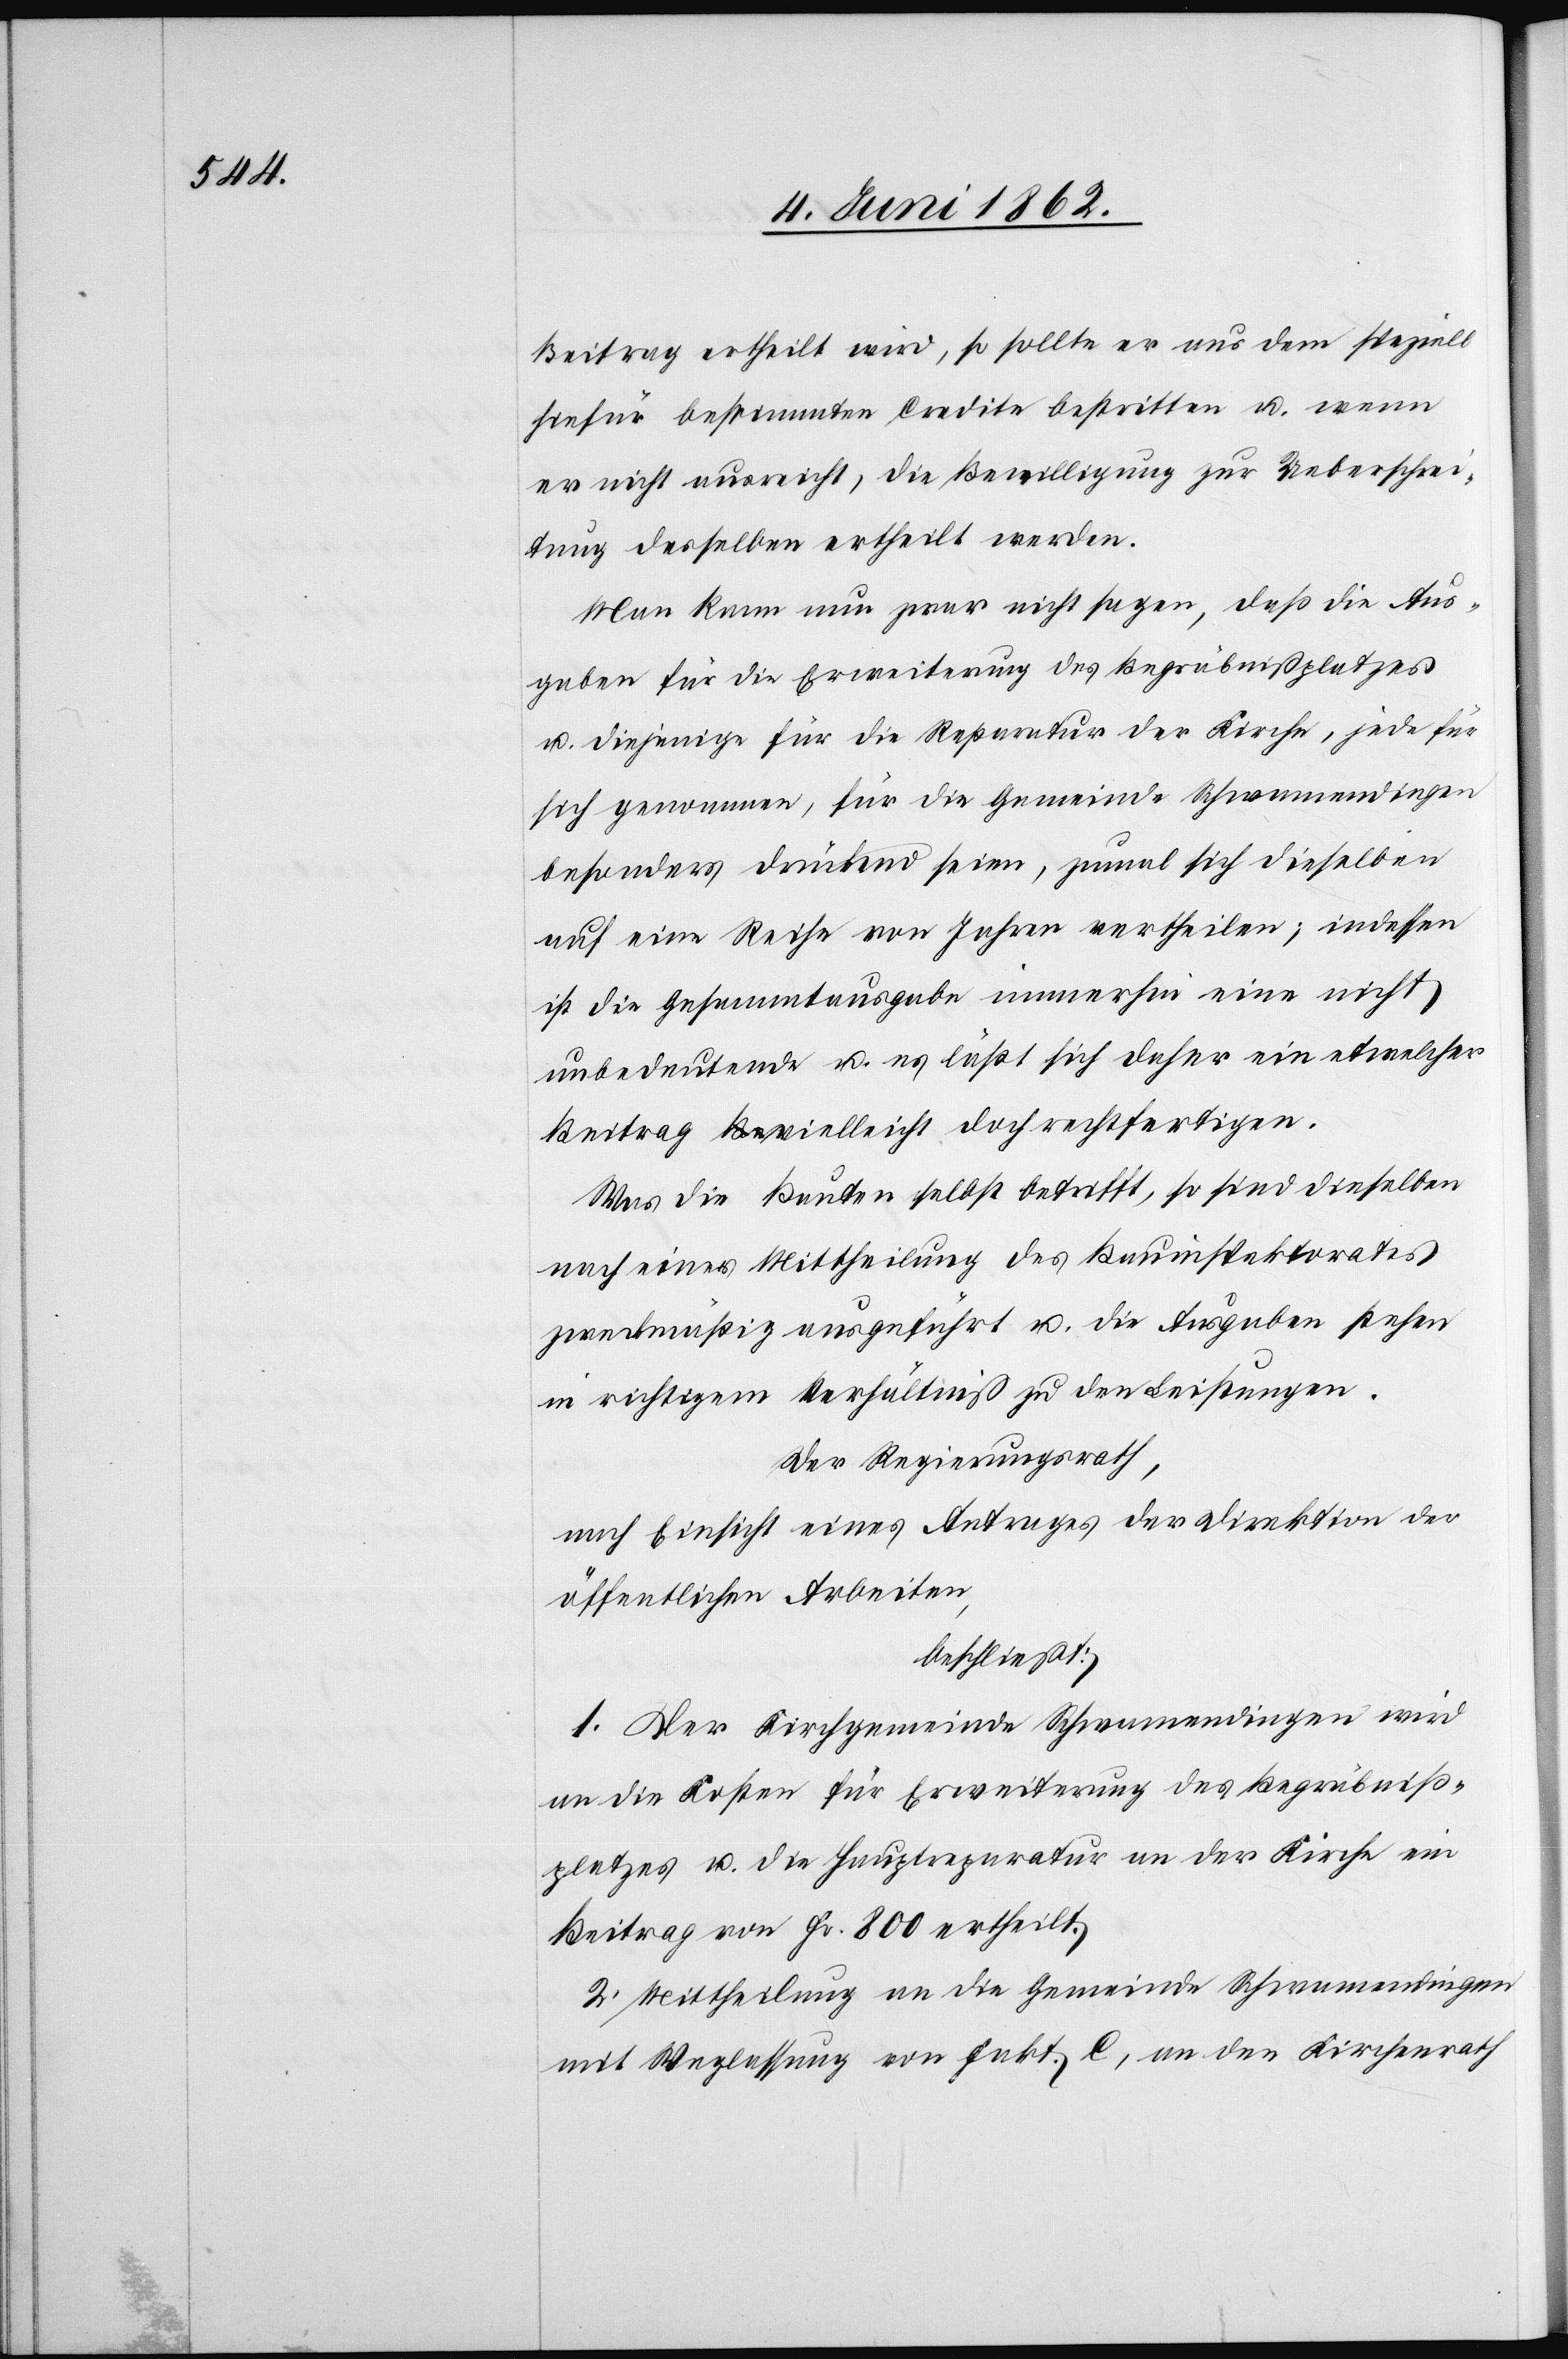
Beitrag ertheilt wird, so sollte er aus dem speziell
hiefür bestimmten Credite bestritten u. wenn
er nicht ausreicht, die Bewilligung zur Ueberschrei¬
tung desselben ertheilt werden.
Man kann nun zwar nicht sagen, daß die Aus¬
gaben für die Erweiterung des Begräbnißplatzes
u. diejenigen für die Reparatur der Kirche, jede für
sich genommen, für die Gemeinde Schwamendingen
besonders drückend seien, zumal sich dieselben
auf eine Reihe von Jahren verheilen; indessen
ist die Gesammtausgabe immerhin eine nicht
unbedeutende u. es läßt sich daher ein etwelcher
Beitrag vielleicht doch rechtfertigen.
Was die Bauten selbst betrifft, so sind dieselben
nach einer Mittheilung des Bauinspektorates
zweckmäßig ausgeführt u. die Ausgaben stehen
in richtigem Verhältniß zu den Leistungen.
Der Regierungsrath,
nach Einsicht eines Antrages der Direktion der
öffentlichen Arbeiten,
beschließt:
1. Der Kirchgemeinde Schwamendingen wird
an die Kosten für Erweiterung des Begräbniß¬
platzes u. die Hauptreparatur an der Kirche ein
Beitrag von Fr. 800 ertheilt.
2. Mittheilung an die Gemeinde Schwamendingen
mit Weglassung von Fakt. C, an den Kirchenrath